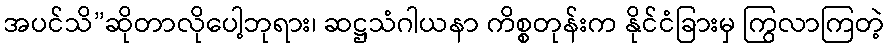
အပင်သိ”ဆိုတာလိုပေါ့ဘုရား၊ ဆဋ္ဌသံဂါယနာ ကိစ္စတုန်းက နိုင်ငံခြားမှ ကြွလာကြတဲ့